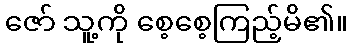
ဇော် သူ့ကို စေ့စေ့ကြည့်မိ၏။